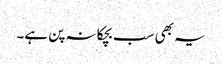
یہ بھی سب بچکانہ پن ہے۔